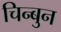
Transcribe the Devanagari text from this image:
चिन्बुन